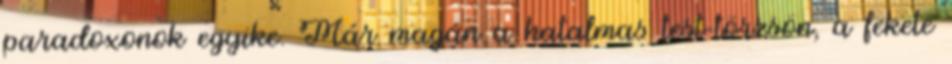
paradoxonok egyike. Már magán a hatalmas test-törzsön, a fekete